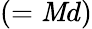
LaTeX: (=\mathit{M}d)